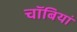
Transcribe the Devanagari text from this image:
चॉबियां